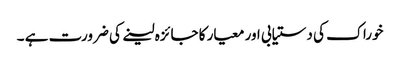
خوراک کی دستیابی اور معیار کا جائزہ لینے کی ضرورت ہے ۔